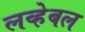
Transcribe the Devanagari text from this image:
लव्हेबल